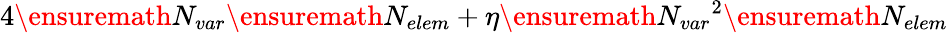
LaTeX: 4\ensuremath{N_{var}}\ensuremath{N_{elem}}+\eta\ensuremath{N_{var}}^{2}\ensuremath{N_{elem}}